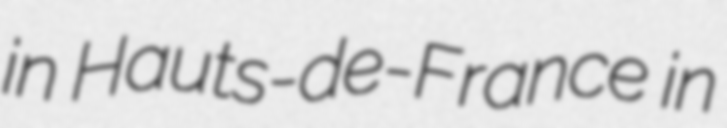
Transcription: in Hauts-de-France in